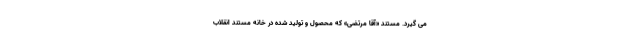
می گیرد. مستند «آقا مرتضی» که محصول و تولید شده در خانه مستند انقلاب